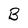
Character: B